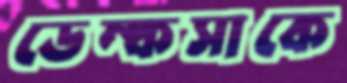
ডেম্কসাকে